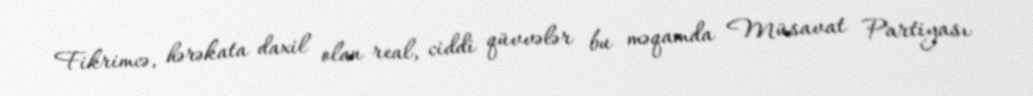
Fikrimcə, hərəkata daxil olan real, ciddi qüvvələr bu məqamda Müsavat Partiyası